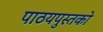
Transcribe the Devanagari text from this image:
पाठयपुस्तको